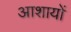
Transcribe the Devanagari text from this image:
आशायों